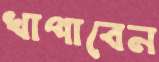
খাপাবেন